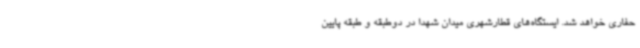
حفاری خواهد شد. ایستگاه‌های قطارشهری میدان شهدا در دوطبقه و طبقه پایین